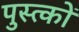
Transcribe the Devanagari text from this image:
पुस्त्कों